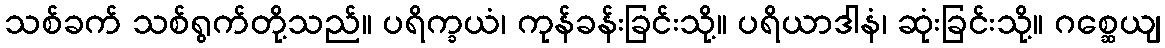
သစ်ခက် သစ်ရွက်တို့သည်။ ပရိက္ခယံ၊ ကုန်ခန်းခြင်းသို့။ ပရိယာဒါနံ၊ ဆုံးခြင်းသို့။ ဂစ္ဆေယျ